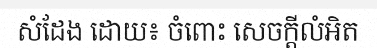
សំដែង ដោយ៖ ចំពោះ សេចក្តីលំអិត